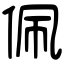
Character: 佩